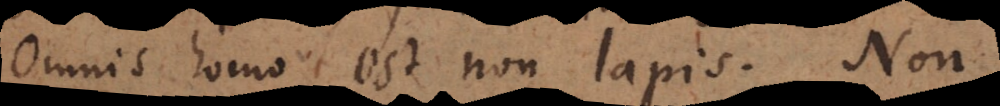
Omnis homo est non lapis. Non